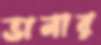
ভানার